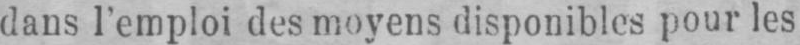
dans l’emploi des moyens disponibles pour les